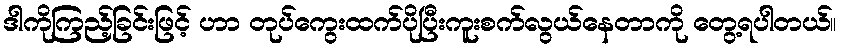
ဒါကိုကြည့်ခြင်းဖြင့် ဟာ တုပ်ကွေးထက်ပိုပြီးကူးစက်လွယ်နေတာကို တွေ့ရပါတယ်။